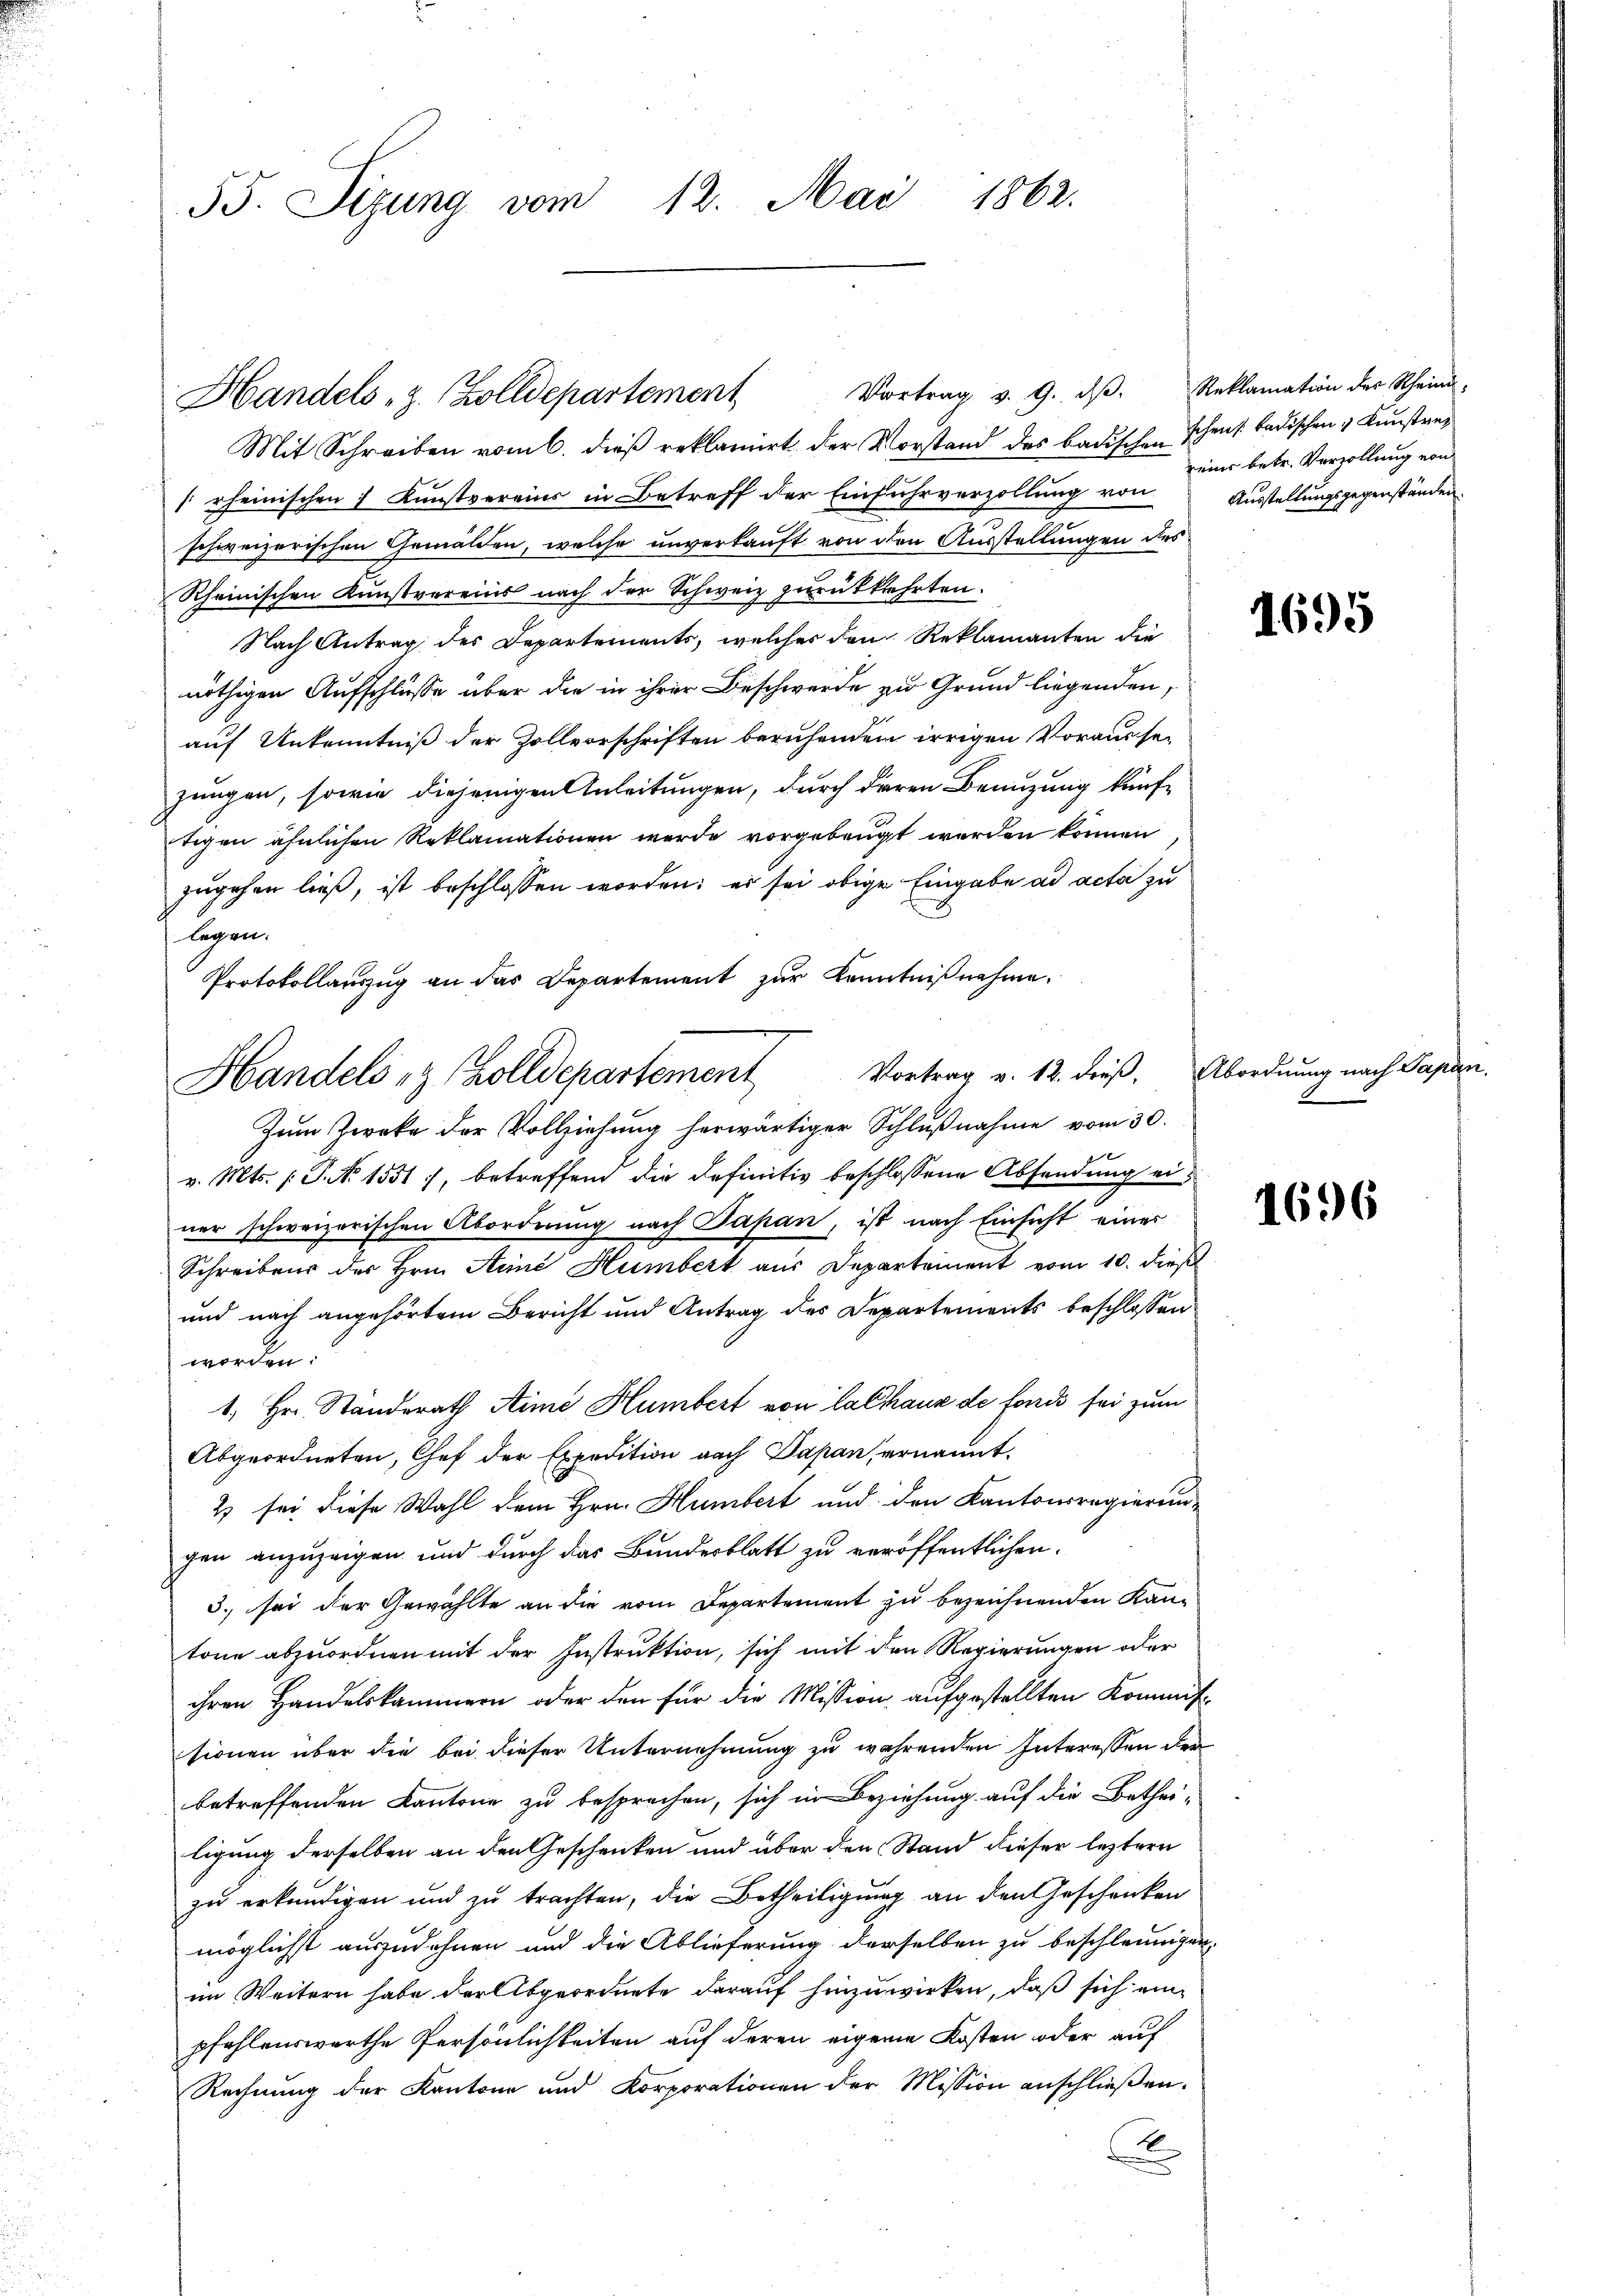
Mit Schreiben vom 6. dieß reklamirt der Vorstand des badischen schens badischen 1 Kunstrei
[rheinischen 7 Kunstvereins in Betreff der Einfuhrverzollŭng von Ausstellungsgegenständen
schweizerischen Gemälden, welche unverkauft von den Ausstellungen des
Rheinischen Kunstvereins nach der Schweiz zurückkehrten.
Nach Antrag des Departements, welcher den Reklamanten die
nöthigen Aufschlüsse über die in ihrer Beschwerde zu Grund liegenden,
auf Unkenntniß der Zollvorschriften beruhenden irrigen Voraussezungen, sowie diejenigen Anleitungen, durch dieren Benuzung künftigen ähnlichen Reklamationen werde vorgebeugt werden können
zugehen ließ, ist beschlossen worden; er sei obige Eingabe ad acta zu
legen.
Protokollauszug an das Departement zur Kenntnißnahme.
Zum Zwecke der Vollziehung herwärtiger Schlußnahme vom 30.
v. Mts. (T. No 1551), betreffend die definitiv beschlossene Absendung einer schweizerischen Abordnung nach Papan, ist nach Einsicht einer
Schreibens des Hrn. Seine Humbert aus Departement vom 10. dieß
und nach angehörtem Bericht und Antrag des Departements beschlossen
worden:
1. Hr. Ständerath Stime Humbert von Calhaus de force sei zum
Abgeordneten, Chef der Expedition nach Papan, ernannt.
2 sei diese Wahl dem Hrn. Humbert und den Kantonsregierungen anzuzeigen und durch das Bundesblatt zu veröffentlichen.
3. sei der Gewählte an die vom Departement zu bezeichnenden Kantone abzuordnen mit der Instruktion, sich mit den Regierungen oder
ihren Handelskammern oder den für die Mission aufgestellten Kommitsionen über die bei dieser Unternehmung zu währenden Interessen der
betreffenden Kantone zu besprochen, sich in Beziehung auf die Bethei-
ligung derselben an den Geschenken und über den Stand dieser leztern
zu erkundigen und zu trachten, die Betheiligung an den Geschenken
möglichst auszudehnen und die Ablieferung derselben zu beschleunigen,
im Weitern habe der Abgeordnete darauf hinzuwirken, daß sich einpfehlenswerthe Persönlichkeiten auf deren eigene Kosten oder auf
Rechnung der Kantone und Korporationen der Mission anschließen.
x

55. Sizung vom 12. Mai 1862.

Handels z. Zolldepartement Vortrag v. 9. dβ. Reklamation der Rheini-

Handels- & Zolldepartement Vortrag v. 12. dieβ. Abordnung nach Papan

eins betr. Verzollung von

1695

d

1696